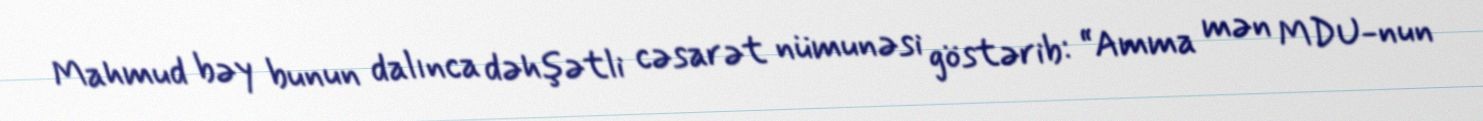
Mahmud bəy bunun dalınca dəhşətli cəsarət nümunəsi göstərib: “Amma mən MDU-nun